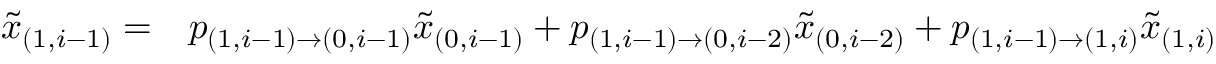
\begin{array} { r l } { \tilde { x } _ { ( 1 , i - 1 ) } = } & { { } p _ { ( 1 , i - 1 ) \to ( 0 , i - 1 ) } \tilde { x } _ { ( 0 , i - 1 ) } + p _ { ( 1 , i - 1 ) \to ( 0 , i - 2 ) } \tilde { x } _ { ( 0 , i - 2 ) } + p _ { ( 1 , i - 1 ) \to ( 1 , i ) } \tilde { x } _ { ( 1 , i ) } } \end{array}